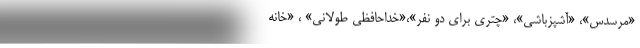
«مرسدس»، «آشپزباشی»، «چتری برای دو نفر»،«خداحافظی طولانی» ، «خانه